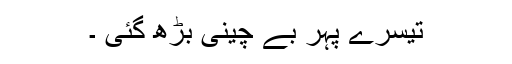
تیسرے پہر بے چینی بڑھ گئی ۔